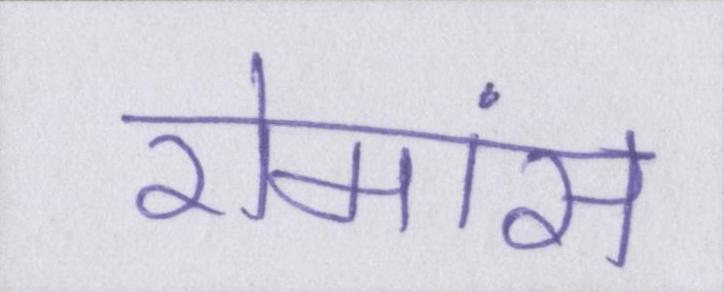
रोमांस